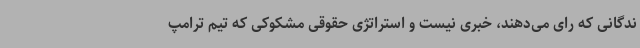
ندگانی که رای می‌دهند، خبری نیست و استراتژی حقوقی مشکوکی که تیم ترامپ